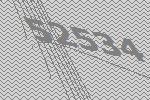
52534